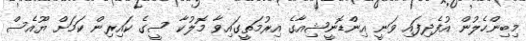
މިބިންހެލުން އުފެދިފައި ވަނީ އިންޑޮނީޝިއާގެ އިރުމަތީގައިވާ މޮލުކާ ސީގެ ކައިރިން ކަމަށް ޔޫއެސް